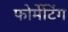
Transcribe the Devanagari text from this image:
फोर्मेटिंग